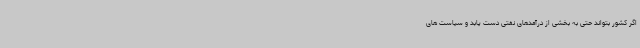
اگر کشور بتواند حتی به بخشی از درآمدهای نفتی دست یابد و سیاست های